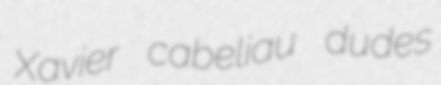
Xavier cabeliau dudes